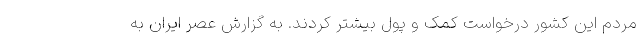
مردم این کشور درخواست کمک و پول بیشتر کردند. به گزارش عصر ایران به